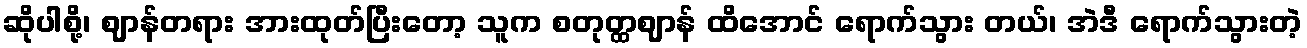
ဆိုပါစို့၊ ဈာန်တရား အားထုတ်ပြီးတော့ သူက စတုတ္ထဈာန် ထိအောင် ရောက်သွား တယ်၊ အဲဒီ ရောက်သွားတဲ့